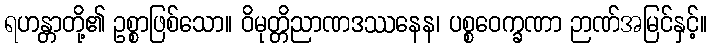
ရဟန္တာတို့၏ ဥစ္စာဖြစ်သော။ ဝိမုတ္တိညာဏဒဿနေန၊ ပစ္စဝေက္ခဏာ ဉာဏ်အမြင်နှင့်။